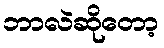
ဘာလဲဆိုတော့